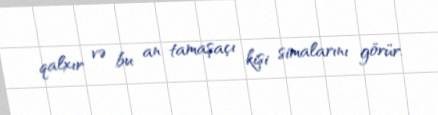
qalxır və bu an tamaşaçı kişi simalarını görür.